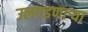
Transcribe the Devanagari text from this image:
उलगडणार्‍या